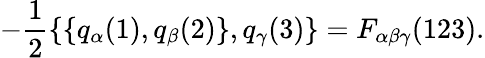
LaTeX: -\frac{1}{2}\{ \{ q_{\alpha}(1),q_{\beta}(2)\} ,q_{\gamma}(3)\} =F_{\alpha\beta\gamma}(123).